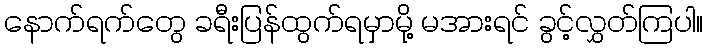
နောက်ရက်တွေ ခရီးပြန်ထွက်ရမှာမို့ မအားရင် ခွင့်လွှတ်ကြပါ။